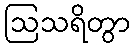
ဩသရိတွာ